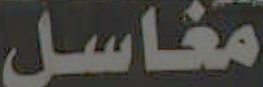
مغاسل